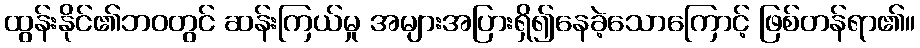
ထွန်းနိုင်၏ဘဝတွင် ဆန်းကြယ်မှု အများအပြားရှိ၍နေခဲ့သောကြောင့် ဖြစ်တန်ရာ၏။